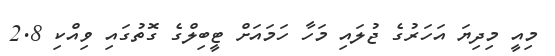
މިއީ މިދިޔަ އަހަރުގެ ޖުލައި މަހާ ހަމައަށް ޓީބިލްގެ ގޮތުގައި ވިއްކި 2.8